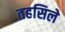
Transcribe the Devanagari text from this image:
तहसिले